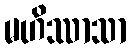
မဟိဿာသာ